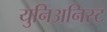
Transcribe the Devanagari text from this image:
युनिअनिस्ट